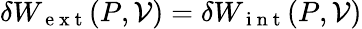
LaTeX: \delta W_{\mathrm{~e~x~t~}}(P,\mathcal{V})=\delta W_{\mathrm{~i~n~t~}}(P,\mathcal{V})